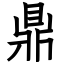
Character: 鼎